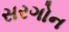
સરગોન